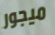
ميجور